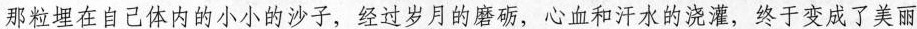
那粒埋在自己体内的小小的沙子，经过岁月的磨砺，心血和汗水的浇灌，终于变成了美丽